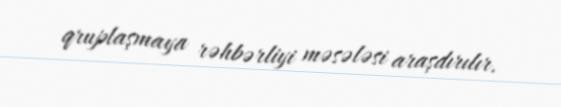
qruplaşmaya rəhbərliyi məsələsi araşdırılır.